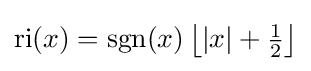
{\text{ri}}(x)=\operatorname {sgn} (x)\left\lfloor |x|+{\tfrac {1}{2}}\right\rfloor